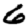
Digit: 6